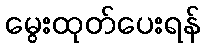
မွေးထုတ်ပေးရန်